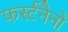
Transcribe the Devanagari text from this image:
फर्स्टनैनो